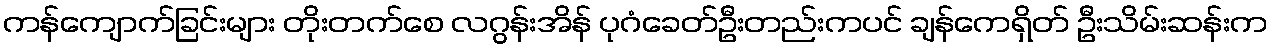
ကန်ကျောက်ခြင်းများ တိုးတက်စေ လဂွန်းအိန် ပုဂံခေတ်ဦးတည်းကပင် ချန်ကေရှိတ် ဦးသိမ်းဆန်းက